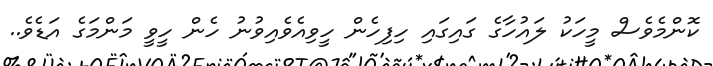
ކޮންމެވެސް މީހަކު ލައުހާގެ ގައިގައި ހިފިހެން ހީވިއެވެއިވުނު ހެން ހީވީ މަންމަގެ އަޑެވެ..